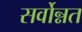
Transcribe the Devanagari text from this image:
सर्वोन्नत